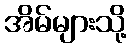
အိမ်များသို့